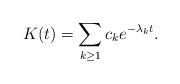
LaTeX: \begin{align*}K(t)=\sum_{k\geq 1} c_k e^{-\lambda_k t}.\end{align*}